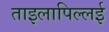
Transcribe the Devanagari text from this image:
ताइलापिल्लई